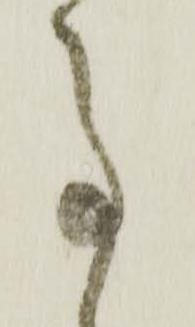
事